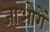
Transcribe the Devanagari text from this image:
जाओगें